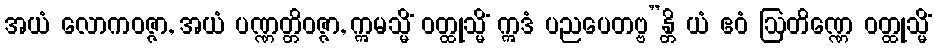
အယံ လောကဝဇ္ဇာ, အယံ ပဏ္ဏတ္တိဝဇ္ဇာ, ဣမသ္မိံ ဝတ္ထုသ္မိံ ဣဒံ ပညပေတဗ္ဗ”န္တိ ယံ ဧဝံ ဩတိဏ္ဏေ ဝတ္ထုသ္မိံ